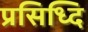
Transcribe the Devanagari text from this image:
प्रसिध्दि